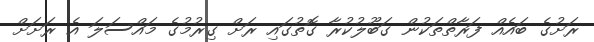
ރަށުގެ ބައެއް ފަރާތްތަކުން ގަބޫލުކުރާ ގޮތުގައި ރަށް ގިރުމުގެ މައްސަލަ އެ ރަށަށް